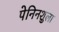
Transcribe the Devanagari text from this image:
पेनिनशुला